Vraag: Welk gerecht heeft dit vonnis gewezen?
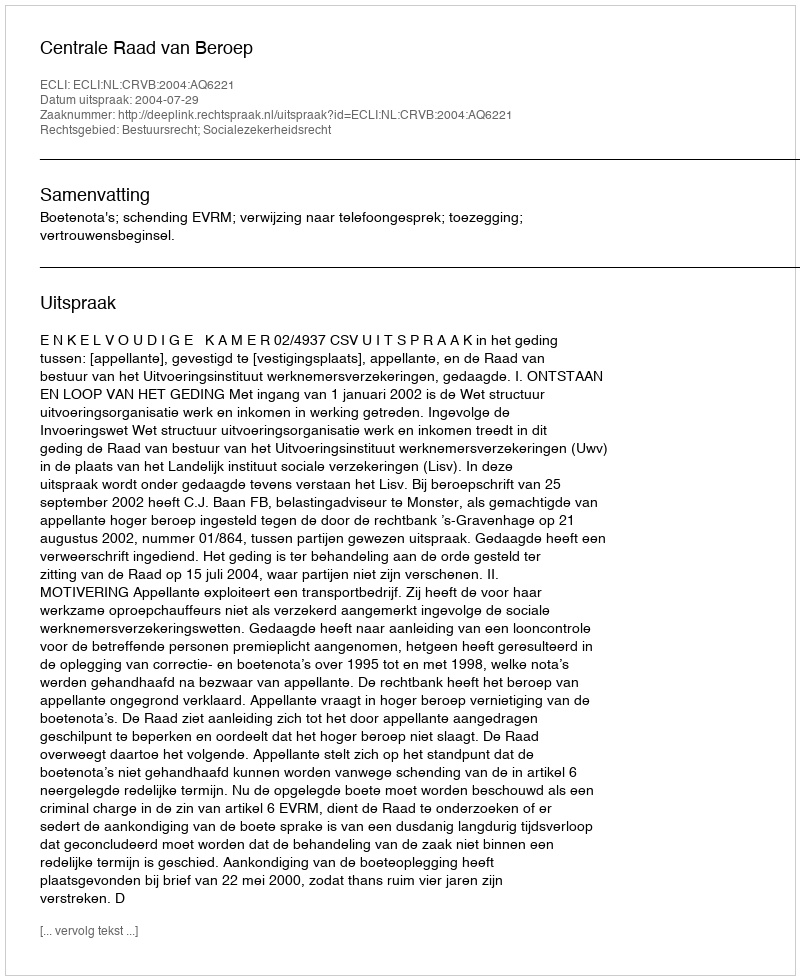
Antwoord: Centrale Raad van Beroep